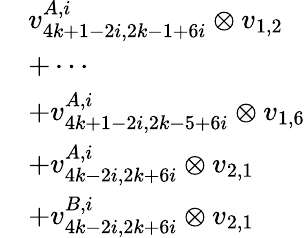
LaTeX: \begin{array}{rl}&{v_{4k+1-2i,2k-1+6i}^{A,i}\otimes v_{1,2}}\\ &{+\cdots}\\ &{+v_{4k+1-2i,2k-5+6i}^{A,i}\otimes v_{1,6}}\\ &{+v_{4k-2i,2k+6i}^{A,i}\otimes v_{2,1}}\\ &{+v_{4k-2i,2k+6i}^{B,i}\otimes v_{2,1}}\end{array}